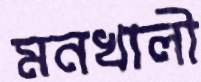
মনখালী